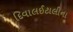
દિવાલઈટાલીના